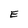
Character: E